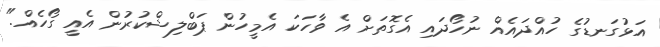
އަޅުގަނޑުގެ ހުއްދައެއް ނުހޯދައި އެގޮތަށް އެ ވާހަކަ އެމީހުން ޕަބްލިޝްކުރުން އެއީ ގޯހެއް."